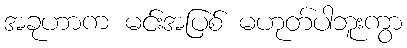
အခုဟာက မင်းအပြစ် မဟုတ်ပါဘူးကွာ